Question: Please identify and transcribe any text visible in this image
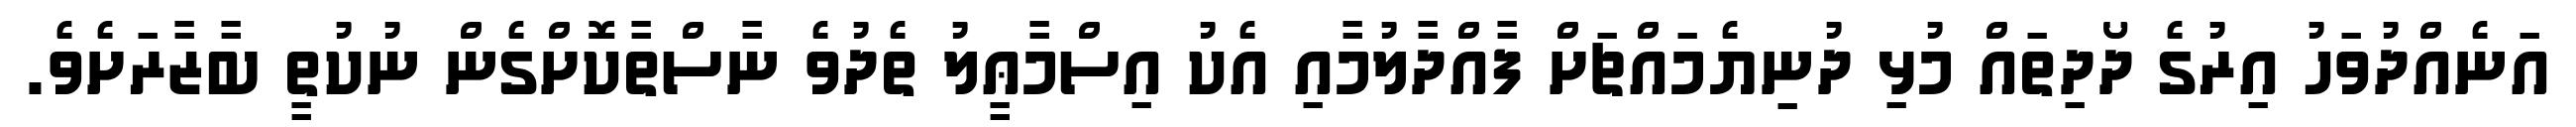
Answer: އަނެއްދުވަހު އިރުގެ ދޯދިތައް މުޅި ދުނިޔެމައްޗަށް ފާއްދާލުމާއި އެކު އިސްމާޢީލު ތެދުވެ ނާސްތާކޮށްގެން ނުކުތީ ބާޒާރަށެވެ.